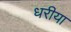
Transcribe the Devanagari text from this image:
धरीया